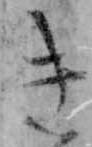
き